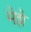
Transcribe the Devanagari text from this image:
मेझे